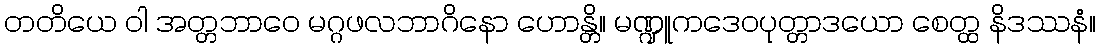
တတိယေ ဝါ အတ္တဘာဝေ မဂ္ဂဖလဘာဂိနော ဟောန္တိ။ မဏ္ဍူကဒေဝပုတ္တာဒယော စေတ္ထ နိဒဿနံ။